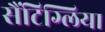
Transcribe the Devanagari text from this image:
सैंटिग्लिया